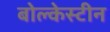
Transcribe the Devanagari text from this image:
बोल्केस्टीन